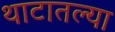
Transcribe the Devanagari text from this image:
थाटातल्या